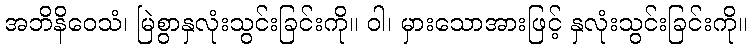
အဘိနိဝေသံ၊ မြဲစွာနှလုံးသွင်းခြင်းကို။ ဝါ၊ မှားသောအားဖြင့် နှလုံးသွင်းခြင်းကို။